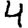
Digit: 4